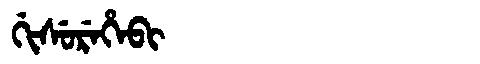
Manchu: ᡤᡳᠰᡠᡵᡝᡥᡝᠪᡳ
Romanization: GISUREHEBI